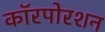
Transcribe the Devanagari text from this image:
कॉरपोरशन